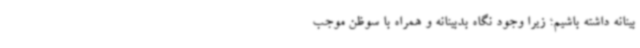
بینانه داشته باشیم؛ زیرا وجود نگاه بدبینانه و همراه با سوظن موجب